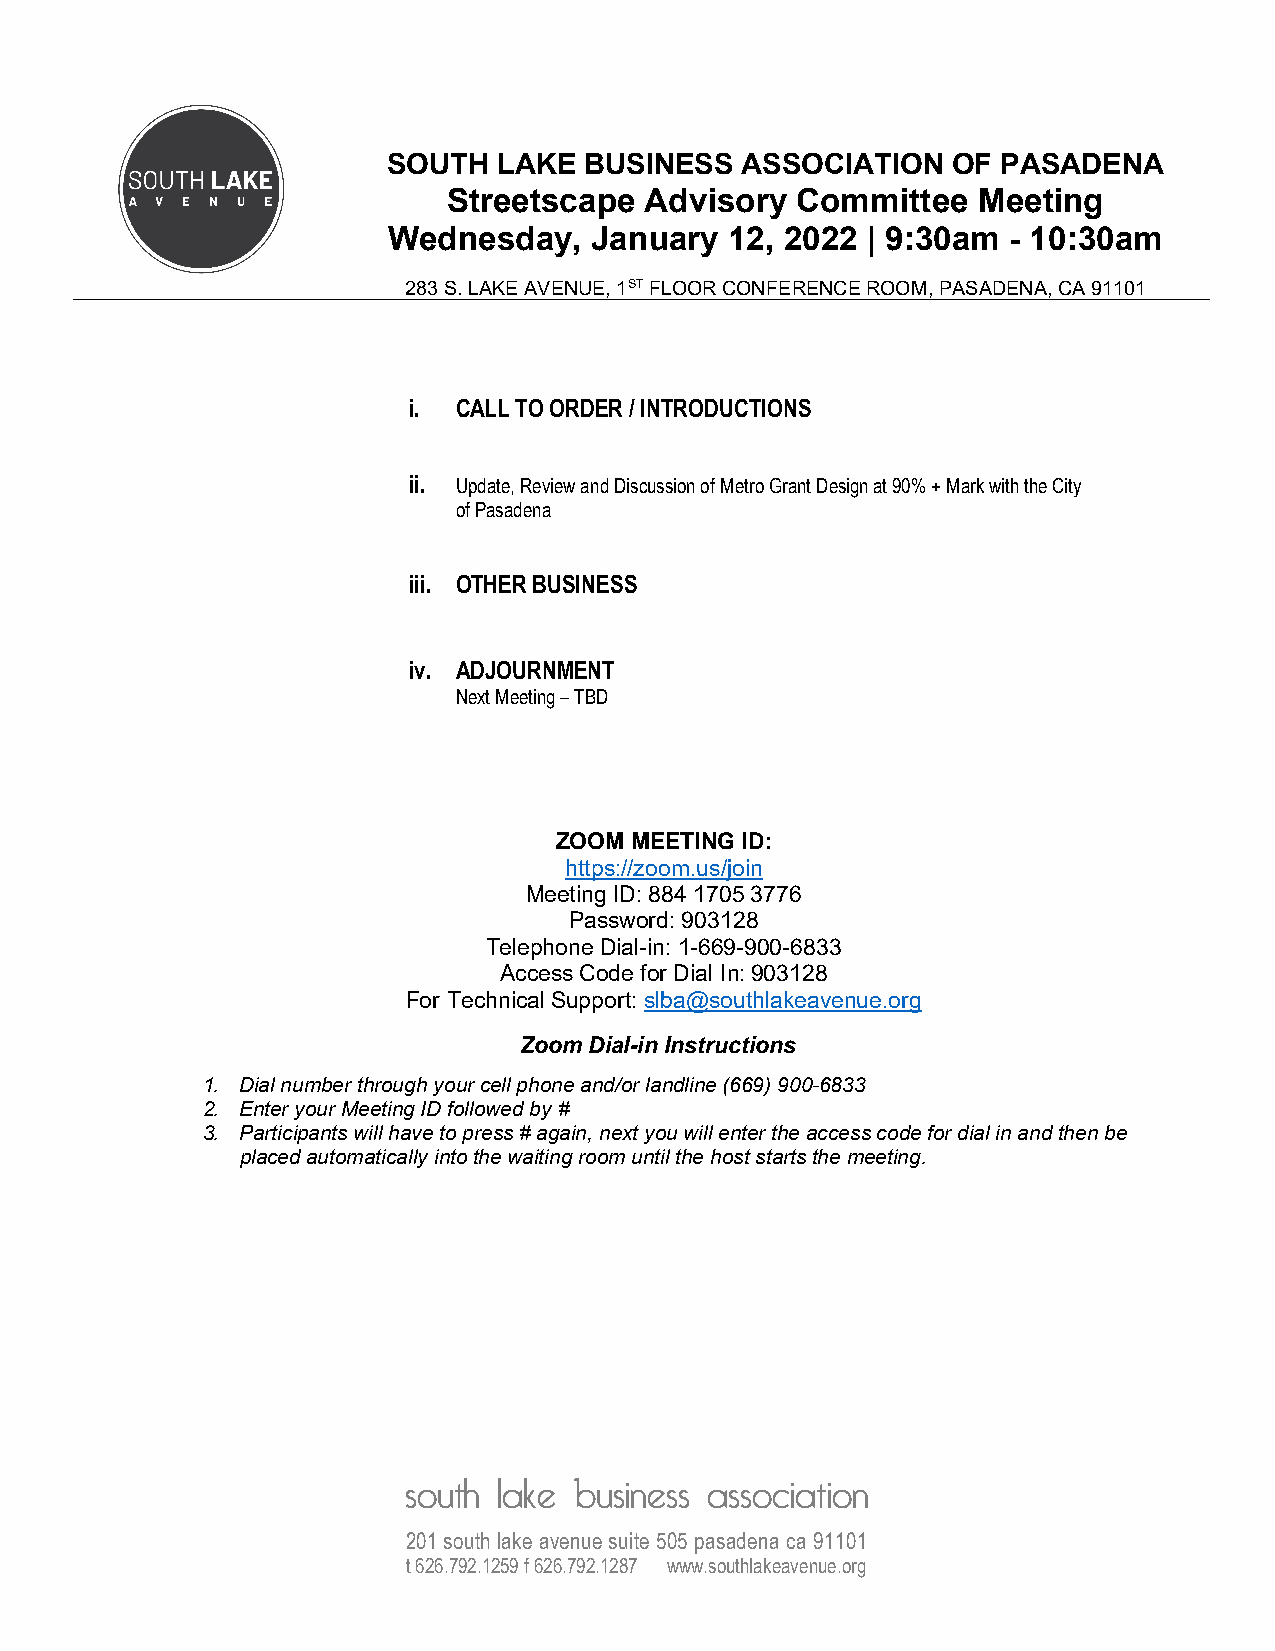
SOUTH  LAKE  BUSINESS  ASSOCIATION   OF PASADENA
 Streetscape  Advisory  Committee   Meeting
 Wednesday,   January  12, 2022 | 9:30am  - 10:30am
 283 S. LAKE AVENUE, 1ST FLOOR CONFERENCE ROOM, PASADENA, CA 91101
 i. CALL TO ORDER / INTRODUCTIONS
 ii. Update, Review and Discussion of Metro Grant Design at 90% + Mark with the City
 of Pasadena
 iii. OTHER BUSINESS
 iv. ADJOURNMENT
 Next Meeting – TBD
 ZOOM MEETING ID:
 https://zoom.us/join
 Meeting ID: 884 1705 3776
 Password: 903128
 Telephone Dial-in: 1-669-900-6833
 Access Code for Dial In: 903128
 For Technical Support: slba@southlakeavenue.org
 Zoom Dial-in Instructions
 1. Dial number through your cell phone and/or landline (669) 900-6833
 2. Enter your Meeting ID followed by #
 3. Participants will have to press # again, next you will enter the access code for dial in and then be
 placed automatically into the waiting room until the host starts the meeting.
 south lake business association
 201 south lake avenue suite 505 pasadena ca 91101
 t 626.792.1259 f 626.792.1287 www.southlakeavenue.org